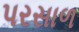
પરસાળ